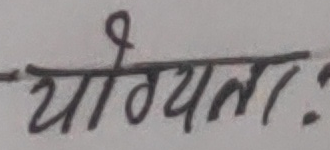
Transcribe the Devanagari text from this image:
योग्यताः